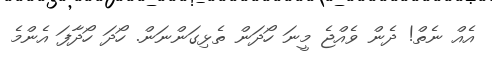
އެއް ނެތް! ދެން ވެއްޖެ މީނަ ހޯދަން ތެޅިގަންނަން. ހޯދަ ހޯދާފަ އެންމެ